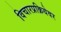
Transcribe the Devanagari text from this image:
विचारप्रक्रियेवर